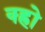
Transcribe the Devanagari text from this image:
क्ह्रो